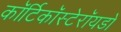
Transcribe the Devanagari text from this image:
कॉर्टिकॉस्टेरॉयडों